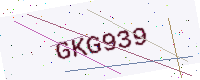
Text: GKG939